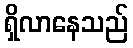
ရှိလာနေသည်